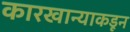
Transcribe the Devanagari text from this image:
कारखान्याकडून